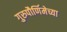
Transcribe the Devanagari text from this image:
गुरुपौर्णिमेच्या